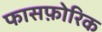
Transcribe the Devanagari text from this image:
फासफ़ोरिक